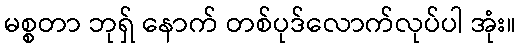
မစ္စတာ ဘုရှ် နောက် တစ်ပုဒ်လောက်လုပ်ပါ အုံး။